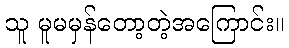
သူ မူမမှန်တော့တဲ့အကြောင်း။